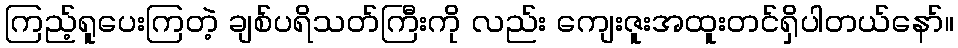
ကြည့်ရူပေးကြတဲ့ ချစ်ပရိသတ်ကြီးကို လည်း ကျေးဇူးအထူးတင်ရှိပါတယ်နော်။